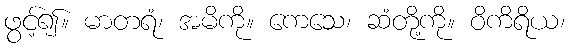
ဖွင့်၍။ မာတရံ၊ အမိကို။ ကေသေ၊ ဆံတို့ကို။ ဝိကိရိယ၊